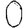
Digit: 0